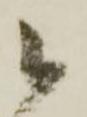
候